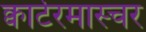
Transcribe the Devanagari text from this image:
क्वार्टरमास्चर